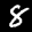
Label: 8